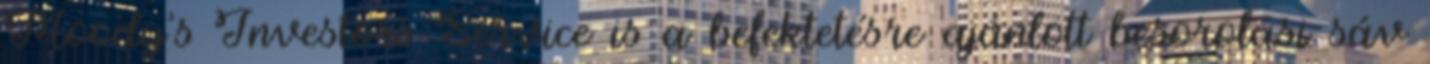
Moody's Investors Service is a befektetésre ajánlott besorolási sáv